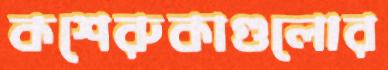
কশেরুকাগুলোর